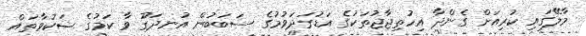
މާލޭގައި ކުރިއަށް ގެންދާ އިހުތިޖާޖުތަކުގެ އަޑުގަދަވުމުގެ ސަބަބުން އުނދަގޫ ވާ ކަމުގެ ޝަކުވާތައް